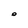
Character: O